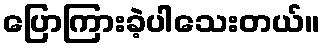
ပြောကြားခဲ့ပါသေးတယ်။